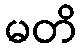
မတိ